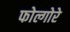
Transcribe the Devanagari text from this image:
फोल्गोरे